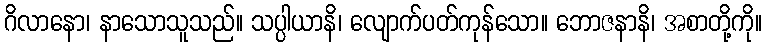
ဂိလာနော၊ နာသောသူသည်။ သပ္ပါယာနိ၊ လျောက်ပတ်ကုန်သော။ ဘောဇနာနိ၊ အစာတို့ကို။